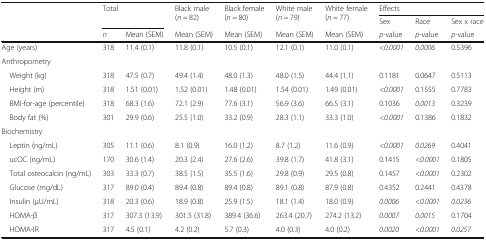
<table><thead><tr><td rowspan="3"></td><td rowspan="2" colspan="2"><b>Total</b></td><td rowspan="2"><b>Black male (<i>n</i> = 82)</b></td><td rowspan="2"><b>Black female (<i>n</i> = 80)</b></td><td rowspan="2"><b>White male (<i>n</i> = 79)</b></td><td rowspan="2"><b>White female (<i>n</i> = 77)</b></td><td colspan="3"><b>Effects</b></td></tr><tr><td><b>Sex</b></td><td><b>Race</b></td><td><b>Sex x race</b></td></tr><tr><td><b><i>n</i></b></td><td><b>Mean (SEM)</b></td><td><b>Mean (SEM)</b></td><td><b>Mean (SEM)</b></td><td><b>Mean (SEM)</b></td><td><b>Mean (SEM)</b></td><td><b><i>p</i>-value</b></td><td><b><i>p</i>-value</b></td><td><b><i>p</i>-value</b></td></tr></thead><tbody><tr><td>Age (years)</td><td>318</td><td>11.4 (0.1)</td><td>11.8 (0.1)</td><td>10.5 (0.1)</td><td>12.1 (0.1)</td><td>11.0 (0.1)</td><td><i>&lt;0.0001</i></td><td><i>0.0006</i></td><td>0.5396</td></tr><tr><td colspan="10">Anthropometry</td></tr><tr><td> Weight (kg)</td><td>318</td><td>47.5 (0.7)</td><td>49.4 (1.4)</td><td>48.0 (1.3)</td><td>48.0 (1.5)</td><td>44.4 (1.1)</td><td>0.1181</td><td>0.0647</td><td>0.5113</td></tr><tr><td> Height (m)</td><td>318</td><td>1.51 (0.01)</td><td>1.52 (0.01)</td><td>1.48 (0.01)</td><td>1.54 (0.01)</td><td>1.49 (0.01)</td><td><i>&lt;0.0001</i></td><td>0.1555</td><td>0.7783</td></tr><tr><td> BMI-for-age (percentile)</td><td>318</td><td>68.3 (1.6)</td><td>72.1 (2.9)</td><td>77.6 (3.1)</td><td>56.9 (3.6)</td><td>66.5 (3.1)</td><td>0.1036</td><td><i>0.0013</i></td><td>0.3239</td></tr><tr><td> Body fat (%)</td><td>301</td><td>29.9 (0.6)</td><td>25.5 (1.0)</td><td>33.2 (0.9)</td><td>28.3 (1.1)</td><td>33.3 (1.0)</td><td><i>&lt;0.0001</i></td><td>0.1386</td><td>0.1832</td></tr><tr><td colspan="10">Biochemistry</td></tr><tr><td> Leptin (ng/mL)</td><td>305</td><td>11.1 (0.6)</td><td>8.1 (0.9)</td><td>16.0 (1.2)</td><td>8.7 (1.2)</td><td>11.6 (0.9)</td><td><i>&lt;0.0001</i></td><td><i>0.0269</i></td><td>0.4041</td></tr><tr><td> ucOC (ng/mL)</td><td>170</td><td>30.6 (1.4)</td><td>20.3 (2.4)</td><td>27.6 (2.6)</td><td>39.8 (1.7)</td><td>41.8 (3.1)</td><td>0.1415</td><td><i>&lt;0.0001</i></td><td>0.1805</td></tr><tr><td> Total osteocalcin (ng/mL)</td><td>303</td><td>33.3 (0.7)</td><td>38.5 (1.5)</td><td>35.5 (1.6)</td><td>29.8 (0.9)</td><td>29.5 (0.8)</td><td>0.1457</td><td><i>&lt;0.0001</i></td><td>0.2302</td></tr><tr><td> Glucose (mg/dL)</td><td>317</td><td>89.0 (0.4)</td><td>89.4 (0.8)</td><td>89.4 (0.8)</td><td>89.1 (0.8)</td><td>87.9 (0.8)</td><td>0.4352</td><td>0.2441</td><td>0.4378</td></tr><tr><td> Insulin (μU/mL)</td><td>318</td><td>20.3 (0.6)</td><td>18.9 (0.8)</td><td>25.9 (1.5)</td><td>18.1 (1.4)</td><td>18.0 (0.9)</td><td><i>0.0006</i></td><td><i>&lt;0.0001</i></td><td><i>0.0236</i></td></tr><tr><td> HOMA-β</td><td>317</td><td>307.3 (13.9)</td><td>301.5 (31.8)</td><td>389.4 (36.6)</td><td>263.4 (20.7)</td><td>274.2 (13.2)</td><td><i>0.0007</i></td><td><i>0.0015</i></td><td>0.1704</td></tr><tr><td> HOMA-IR</td><td>317</td><td>4.5 (0.1)</td><td>4.2 (0.2)</td><td>5.7 (0.3)</td><td>4.0 (0.3)</td><td>4.0 (0.2)</td><td><i>0.0020</i></td><td><i>&lt;</i><i>0.0001</i></td><td><i>0.0257</i></td></tr></tbody></table>